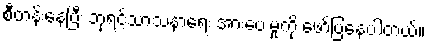
စီတန်းနေပြီး ဘုရင့်သာသနာရေး အားပေးမှုကို ဖော်ပြနေပါတယ်။